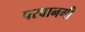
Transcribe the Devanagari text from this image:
परवानगी